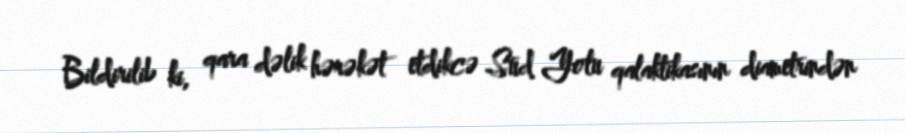
Bildirilib ki, qara dəlik hərəkət etdikcə Süd Yolu qalaktikasının diametrindən